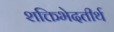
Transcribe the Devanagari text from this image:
शक्तिभेदतीर्थ